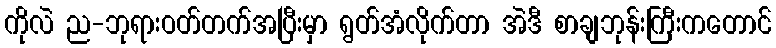
ကိုလဲ ည-ဘုရားဝတ်တက်အပြီးမှာ ရွတ်အံလိုက်တာ အဲဒီ စာချဘုန်းကြီးကတောင်